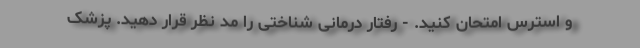
و استرس امتحان کنید. - رفتار درمانی شناختی را مد نظر قرار دهید. پزشک